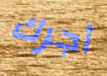
أجرك